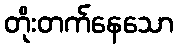
တိုးတက်နေသော